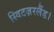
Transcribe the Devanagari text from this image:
स्विटज़रलैंड।